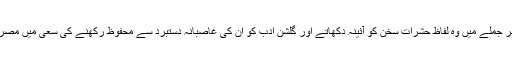
ایک مختصر جملے میں وہ لفاظ حشرات سخن کو آئینہ دکھاتے اور گلشن ادب کو ان کی غاصبانہ دستبرد سے محفوظ رکھنے کی سعی میں مصروف رہتے۔